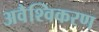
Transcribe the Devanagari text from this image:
अवैश्विकरण